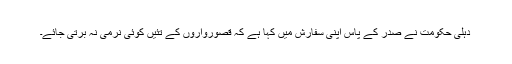
دہلی حکومت نے صدر کے پاس اپنی سفارش میں کہا ہے کہ قصورواروں کے تئیں کوئی نرمی نہ برتی جائے۔